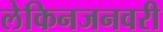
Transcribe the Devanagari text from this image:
लेकिनजनवरी